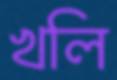
খলি